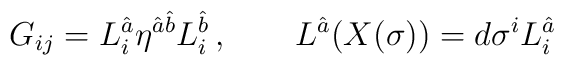
G_{ij}=L_i^{\hat{a}}\eta^{{\hat{a}}{\hat{b}}} L_i^{\hat{b}}\,,  \qquad L^{\hat{a}} (X(\sigma)) = d\sigma^i L_i^{\hat{a}}\,